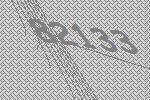
82133